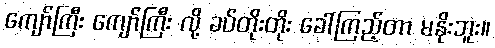
ကျော်ကြီး ကျော်ကြီး လို့ ခပ်တိုးတိုး ခေါ်ကြည့်တာ မနိုးဘူး။